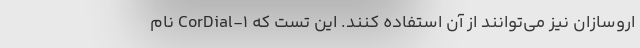
اروسازان نیز می‌توانند از آن استفاده کنند. این تست که CorDial-۱ نام